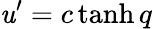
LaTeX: \mathit{u}^{\prime}=c\operatorname{tanh}q